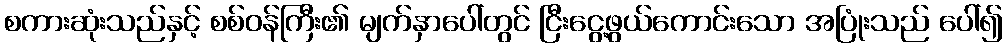
စကားဆုံးသည်နှင့် စစ်ဝန်ကြီး၏ မျက်နှာပေါ်တွင် ငြီးငွေ့ဖွယ်ကောင်းသော အပြုံးသည် ပေါ်၍